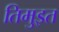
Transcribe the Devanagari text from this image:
तिमुइत